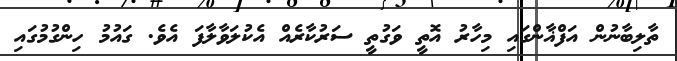
ތާލިބާނުން އަފްޣާންގައި މިހާރު އޮތީ ވަގުތީ ސަރުކާރެއް އެކުލަވާލާފަ އެވެ. ގައުމު ހިންގުމުގައި